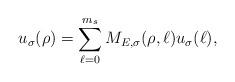
LaTeX: \begin{align*}u_\sigma(\rho) = \sum_{\ell = 0}^{m_s} M_{E,\sigma}(\rho,\ell) u_\sigma(\ell),\end{align*}